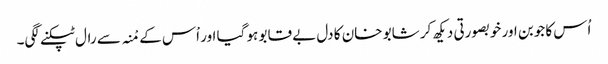
اُس کا جوبن اور خوبصورتی دیکھ کر شابو خان کا دل بے قابو ہو گیا اور اْس کے مْنہ سے رال ٹپکنے لگی۔